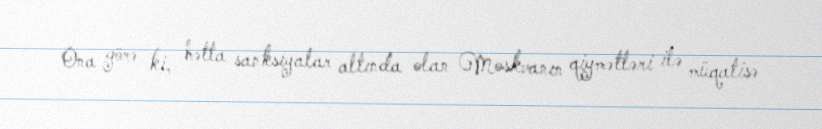
Ona görə ki, hətta sanksiyalar altında olan Moskvanın qiymətləri ilə müqatisə